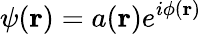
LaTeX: \psi(\mathbf{r})=a(\mathbf{r})e^{i\phi(\mathbf{r})}